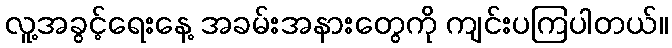
လူ့အခွင့်ရေးနေ့ အခမ်းအနားတွေကို ကျင်းပကြပါတယ်။